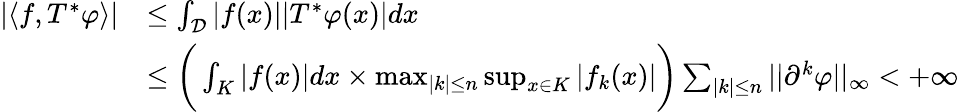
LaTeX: \begin{array}{rl}{|\langle f,T^{*}\varphi\rangle|}&{\leq\int_{\mathcal{D}}|f(x)||T^{*}\varphi(x)|dx}\\ &{\leq\bigg(\int_{K}|f(x)|dx\times\operatorname*{max}_{|k|\leq n}\operatorname*{sup}_{x\in K}|f_{k}(x)|\bigg)\sum_{|k|\leq n}||\partial^{k}\varphi||_{\infty}<+\infty}\end{array}